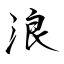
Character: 浪